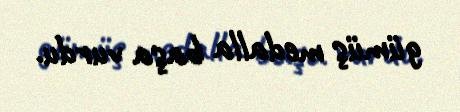
gümüş medalla başa vurdu.